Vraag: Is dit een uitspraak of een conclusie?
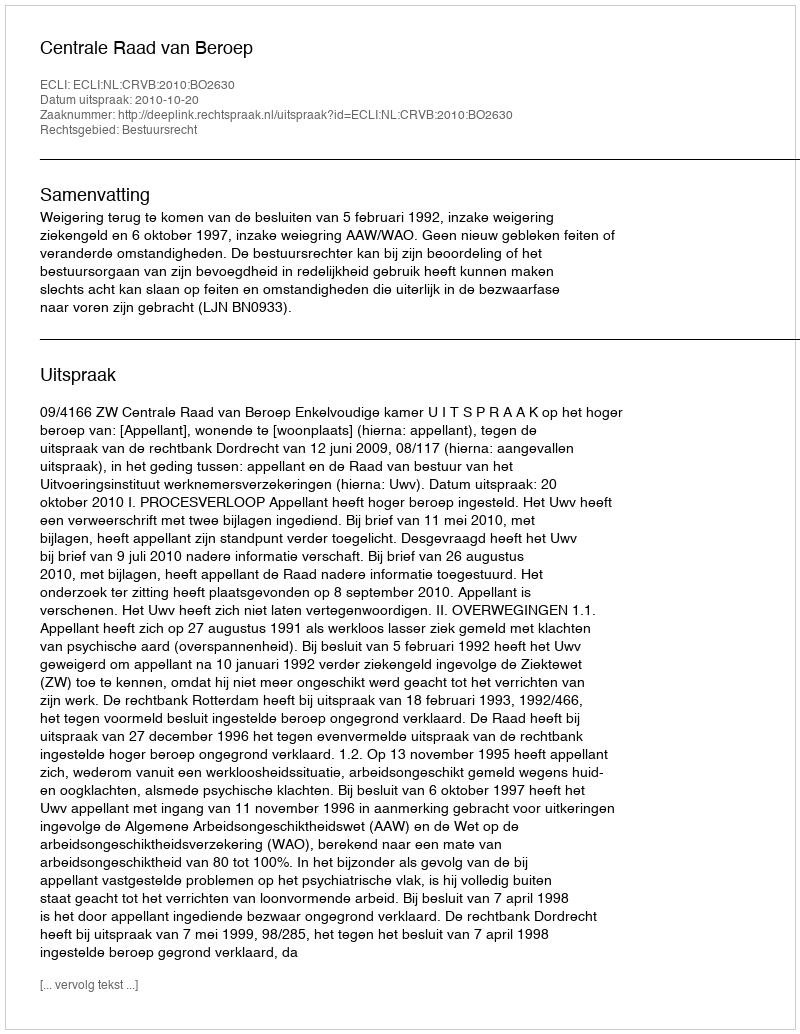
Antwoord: Uitspraak